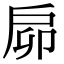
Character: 𢨺